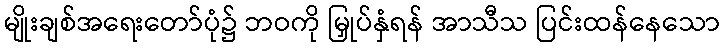
မျိုးချစ်အရေးတော်ပုံ၌ ဘဝကို မြှုပ်နှံရန် အာသီသ ပြင်းထန်နေသော